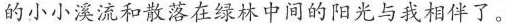
的小小溪流和散落在绿林中间的阳光与我相伴了。